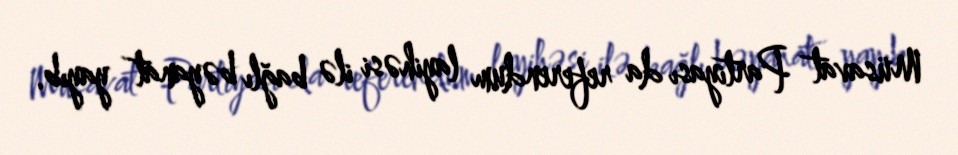
Müsavat Partiyası da referendum layihəsi ilə bağlı bəyanat yayıb.